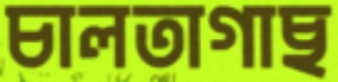
চালতাগাছ